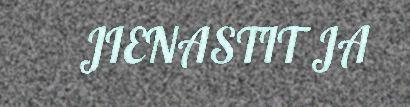
JIENASTIT JA